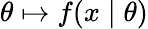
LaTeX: \theta\mapsto f(x\mid\theta)